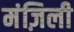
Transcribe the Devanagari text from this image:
मंज़िली